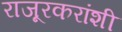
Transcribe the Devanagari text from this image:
राजूरकरांशी